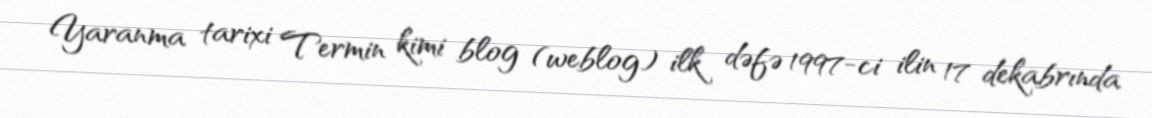
Yaranma tarixi Termin kimi blog (weblog) ilk dəfə 1997-ci ilin 17 dekabrında